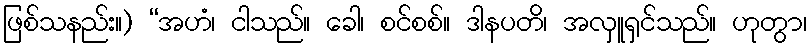
ဖြစ်သနည်း။) “အဟံ၊ ငါသည်။ ခေါ၊ စင်စစ်။ ဒါနပတိ၊ အလှူရှင်သည်။ ဟုတွာ၊